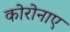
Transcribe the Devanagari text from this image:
कोरोनाए